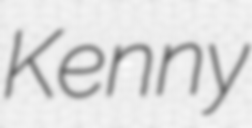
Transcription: Kenny